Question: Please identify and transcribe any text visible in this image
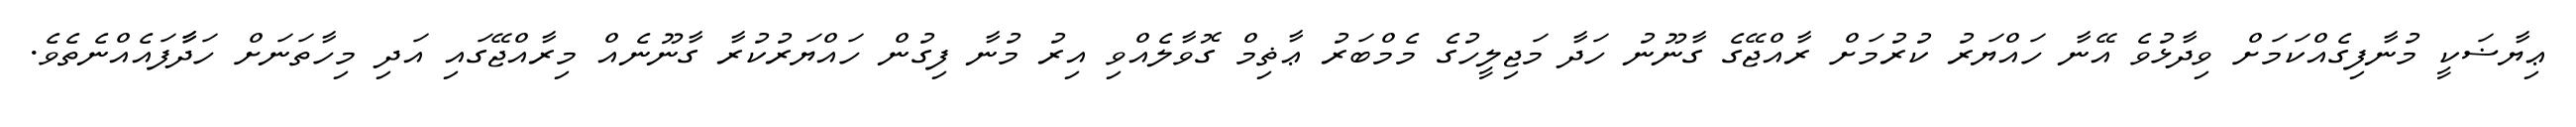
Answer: ޢިޔާޟަކީ މުނާފިގެއްކަމަށް ވިދާޅުވެ އޭނާ ހައްޔަރު ކުރުމަށް ރާއްޖޭގެ ގާނޫނު ހަދާ މަޖިލީހުގެ މެމްބަރު ޢާޡިމް ގޮވާލެއްވި އިރު މުނާ ފިގުން ހައްޔަރުކުރާ ގާނޫނެއް މިރާއްޖޭގައި އަދި މިހާތަނަށް ހަދާާފައެއްނެތެވެ.